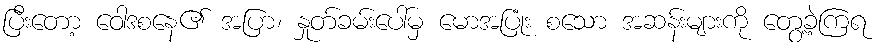
ပြီးတော့ ဝေါဒစနေ၏ အပြာ၊ နှုတ်ခမ်းပေါ်မှ မောအပြုံး စသော အဆန်းများကို တွေ့ခဲ့ကြရ